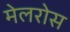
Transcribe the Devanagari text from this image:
मेलरोस